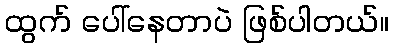
ထွက် ပေါ်နေတာပဲ ဖြစ်ပါတယ်။